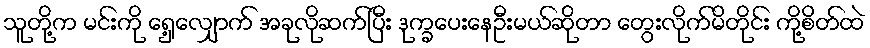
သူတို့က မင်းကို ရှေ့လျှောက် အခုလိုဆက်ပြီး ဒုက္ခပေးနေဦးမယ်ဆိုတာ တွေးလိုက်မိတိုင်း ကို့စိတ်ထဲ